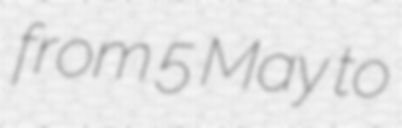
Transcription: from 5 May to